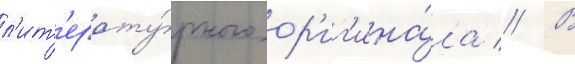
л'ит'ерату́рного ор'иг'ина́ла // В